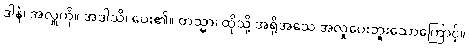
ဒါနံ၊ အလှူကို။ အဒါသိ၊ ပေး၏။ တသ္မာ၊ ထိုသို့ အရိုအသေ အလှုပေးဘူးသောကြောင့်။